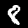
Label: 8